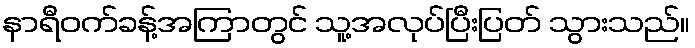
နာရီဝက်ခန့်အကြာတွင် သူ့အလုပ်ပြီးပြတ် သွားသည်။